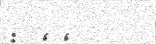
: